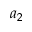
a _ { 2 }